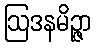
ဩဒနမိဉ္ဇာ